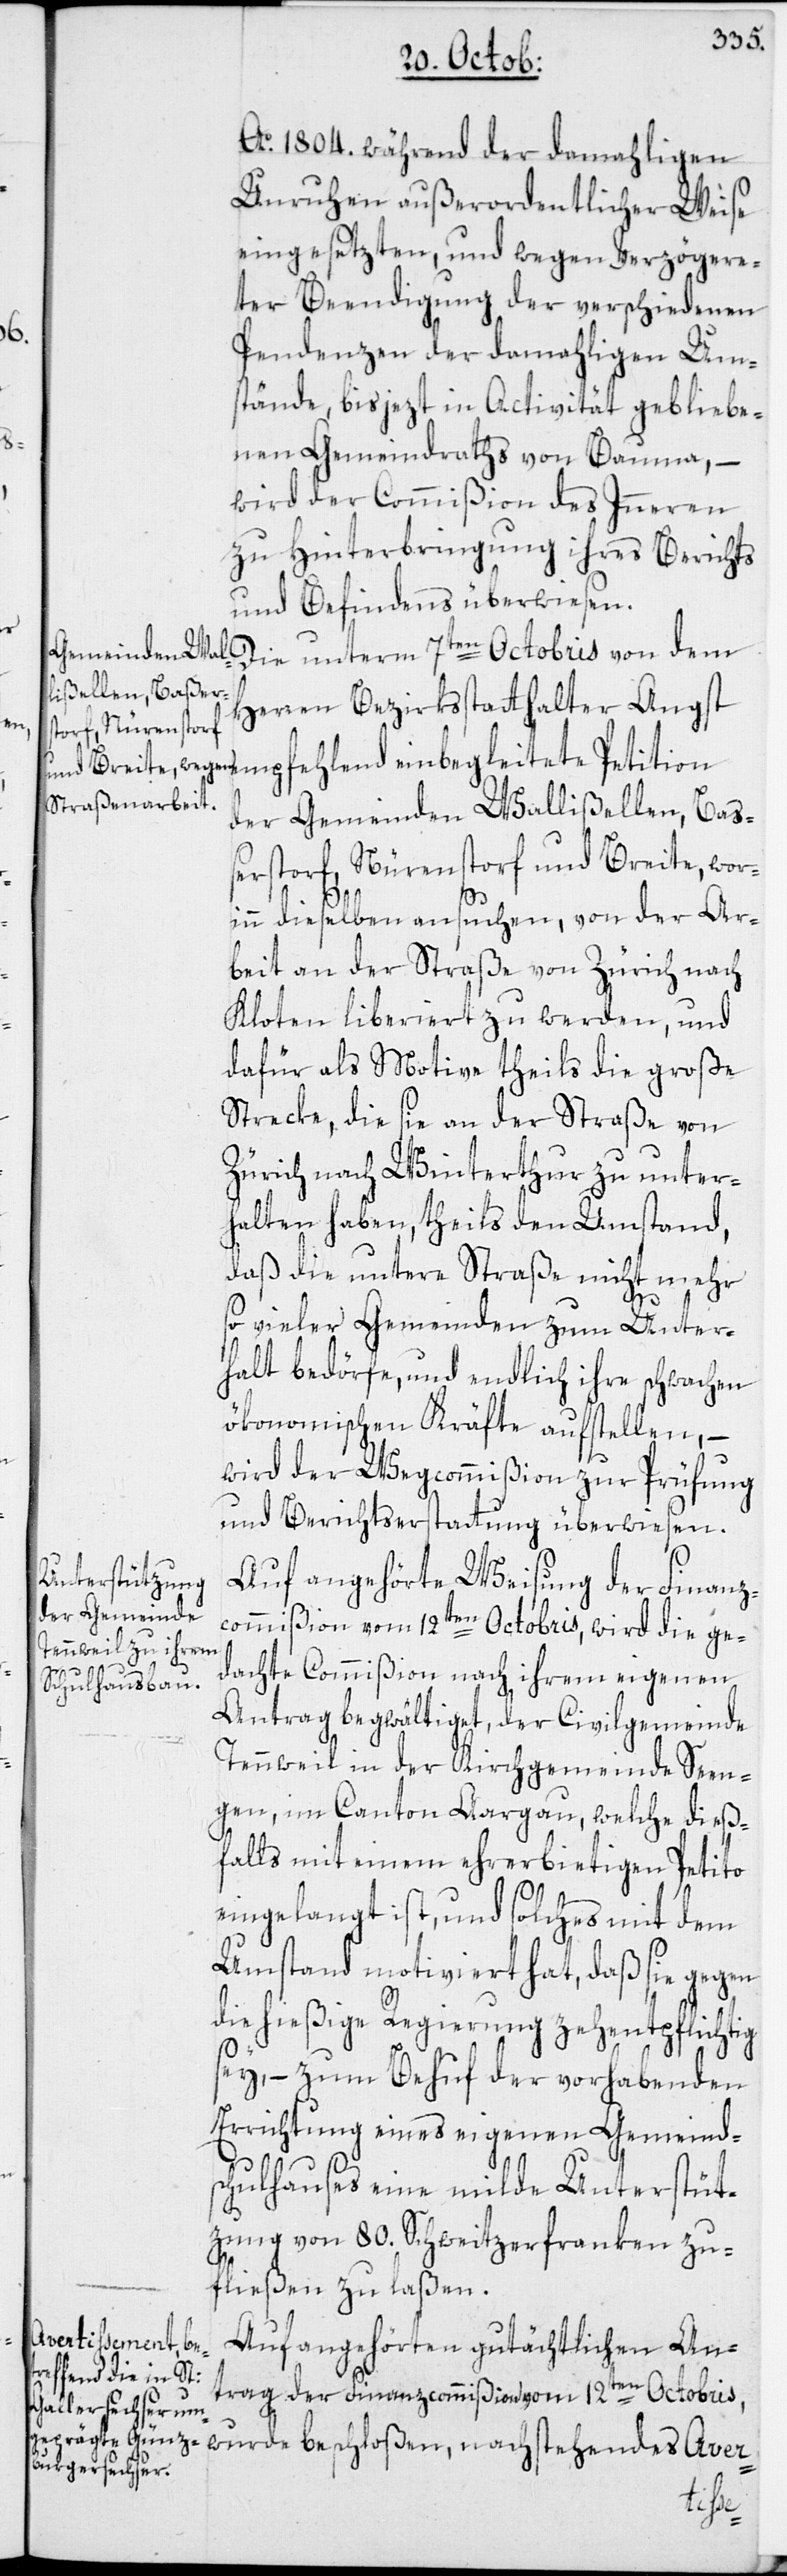
Ao. 1804. während der damahligen
Unruhen außerordentlicher Weise
eingesetzten, und wegen verzögere¬
ter Beendigung der verschiedenen
Pendenzen der damahligen Um¬
stände, bis jezt in Activität gebliebe¬
nen Gemeindraths von Bauma, –
wird der Commißion des Inneren
zu Hinterbringung ihres Berichts
und Befindens überwiesen.
Die unterm 7ten Octobris von dem
Herren Bezirksstatthalter Angst
empfehlend einbegleitete Petition
der Gemeinden Wallißellen, Ba¬
ßerstorf, Nürenstorf und Breite, wor¬
inn dieselben ansuchen, von der Ar¬
beit an der Straße von Zürich nach
Kloten liberiert zu werden, und
dafür als Motive theils die große
Strecke, die sie an der Straße von
Zürich nach Winterthur zu unter¬
halten haben, theils den Umstand,
daß die untere Straße nicht mehr
so vieler Gemeinden zum Unter¬
halt bedörfe, und endlich ihre schwachen
ökonomischen Kräfte aufstellen, –
wird der Wegcommißion zur Prüfung
und Berichtserstattung überwiesen.
Auf angehörte Weisung der Finanz¬
commißion vom 12ten Octobris, wird die ge¬
dachte Commißion nach ihrem eigenen
Antrag begwältiget, der Civilgemeinde
Tennweil in der Kirchgemeinde Seen¬
gen, im Canton Aargau, welche dieß¬
falls mit einem ehrerbietigen Petito
eingelangt ist, und solches mit dem
Umstand motiviert hat, daß sie gegen
die hießige Regierung zehentpflichtig
sey, – zum Behuf der vorhabenden
Errichtung eines eigenen Gemeind¬
schulhauses eine milde Unterstüt¬
zung von 80. Schweitzerfranken zu¬
fließen zu laßen.
Auf angehörten gutächtlichen An¬
trag der Finanzcommißion vom 12ten Octobris,
wurde beschloßen, nachstehendes Aver-